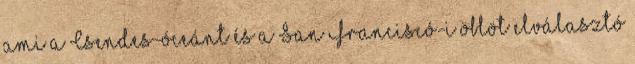
ami a Csendes-óceánt és a San Franciscó-i öblöt elválasztó